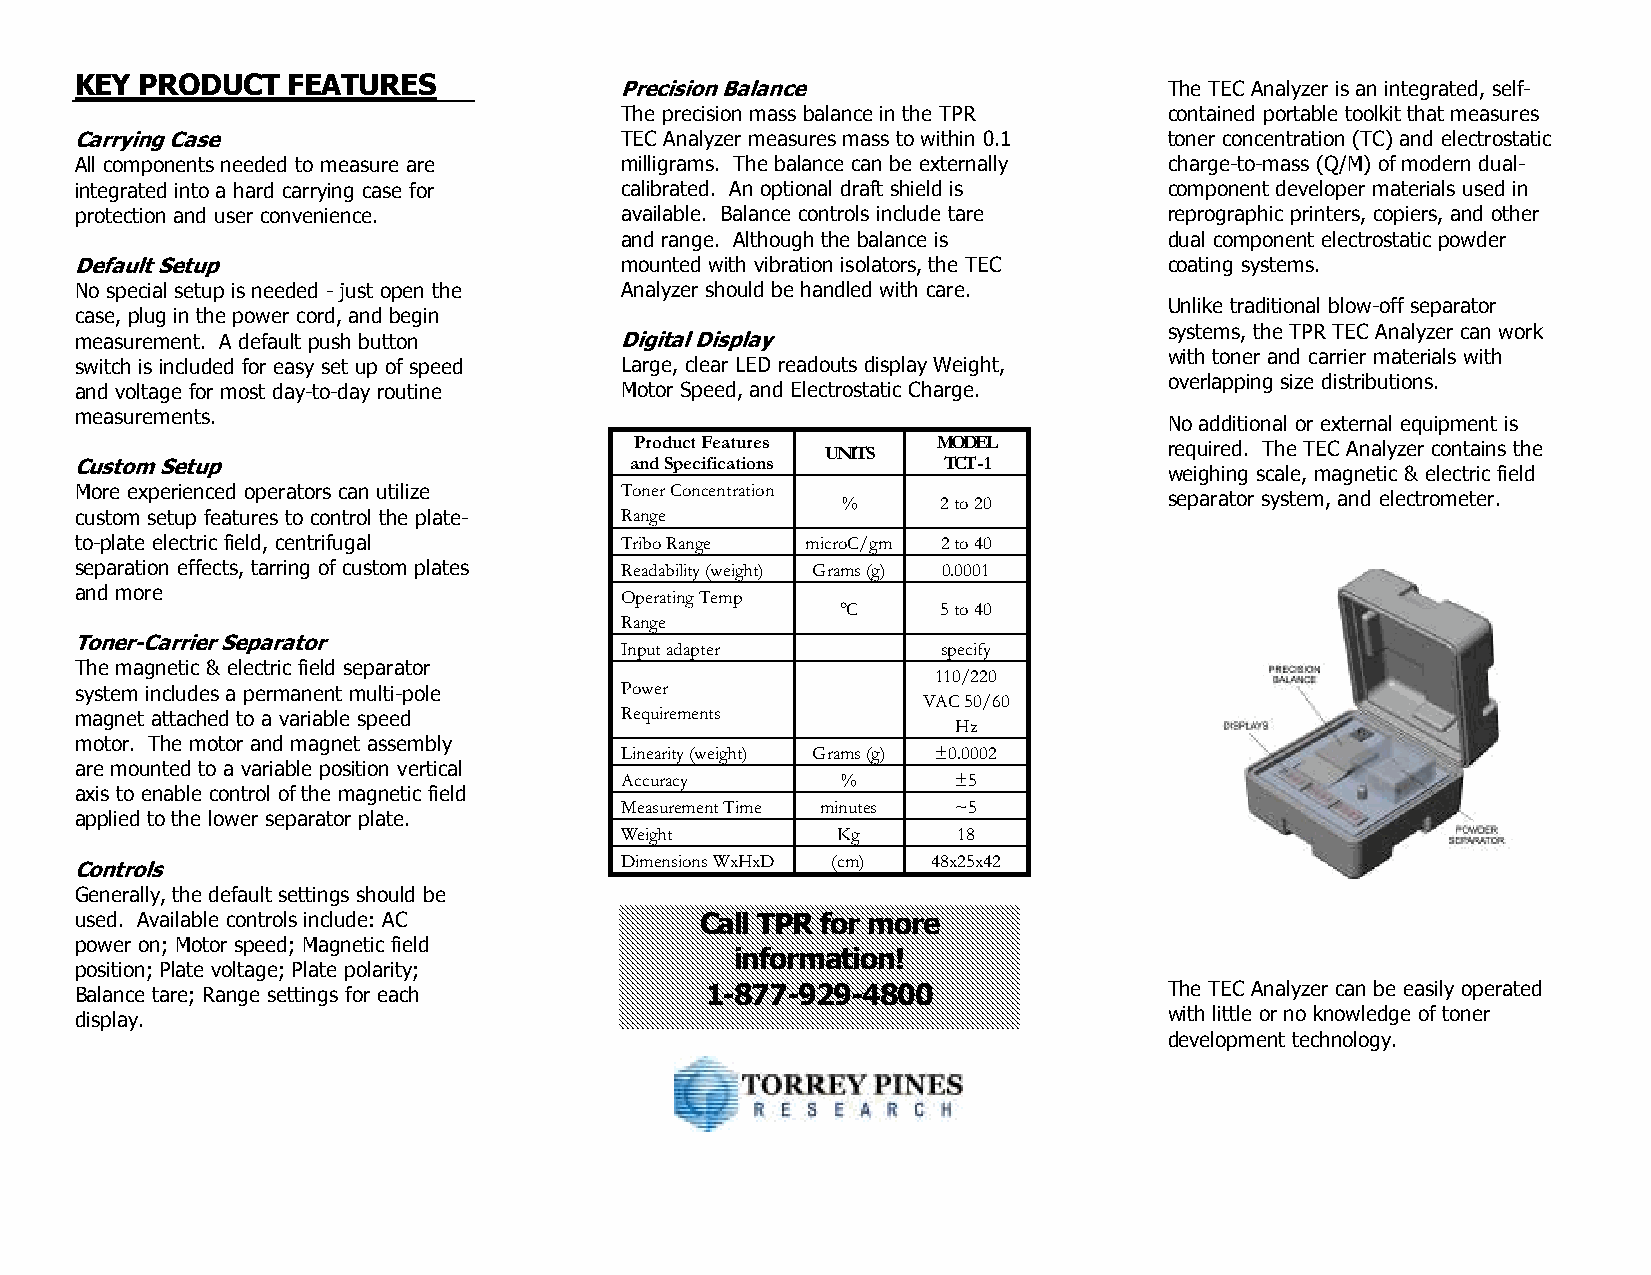
KEY PRODUCT   FEATURES
 Precision Balance                   The TEC Analyzer is an integrated, self-
 The precision mass balance in the TPR contained portable toolkit that measures
 Carrying Case                       TEC Analyzer measures mass to within 0.1 toner concentration (TC) and electrostatic
 All components needed to measure are milligrams. The balance can be externally charge-to-mass (Q/M) of modern dual-
 integrated into a hard carrying case for calibrated. An optional draft shield is component developer materials used in
 protection and user convenience.    available. Balance controls include tare reprographic printers, copiers, and other
 and range. Although the balance is  dual component electrostatic powder
 Default Setup                       mounted with vibration isolators, the TEC coating systems.
 No special setup is needed - just open the Analyzer should be handled with care.
 Unlike traditional blow-off separator
 case, plug in the power cord, and begin
 systems, the TPR TEC Analyzer can work
 measurement. A default push button  Digital Display
 with toner and carrier materials with
 switch is included for easy set up of speed Large, clear LED readouts display Weight,
 overlapping size distributions.
 and voltage for most day-to-day routine Motor Speed, and Electrostatic Charge.
 measurements.
 No additional or external equipment is
 Product Features UNITS MODEL       required. The TEC Analyzer contains the
 Custom Setup                         and Specifications  TCT - 1
 weighing scale, magnetic & electric field
 More experienced operators can utilize Toner Concentration
 %     2 to 20        separator system, and electrometer.
 custom setup features to control the plate- Range
 to-plate electric field, centrifugal Tribo Range microC/gm 2 to 40
 separation effects, tarring of custom plates Readability (weight) Grams (g) 0.0001
 and more                            Operating Temp
 °C    5 to 40
 Range
 Toner-Carrier Separator
 Input adapter        specify
 The magnetic & electric field separator
 110/220
 system includes a permanent multi-pole Power
 VAC 50/60
 magnet attached to a variable speed Requirements
 Hz
 motor. The motor and magnet assembly
 Linearity (weight) Grams (g) ±0.0002
 are mounted to a variable position vertical
 Accuracy       %      ±5
 axis to enable control of the magnetic field
 Measurement Time minutes ~5
 applied to the lower separator plate.
 Weight        Kg      18
 Dimensions WxHxD (cm) 48x25x42
 Controls
 Generally, the default settings should be
 used. Available controls include: AC     Call TPR for more
 power on; Motor speed; Magnetic field
 information!
 position; Plate voltage; Plate polarity;
 Balance tare; Range settings for each     1-877-929-4800                The TEC Analyzer can be easily operated
 display.                                                                with little or no knowledge of toner
 development technology.